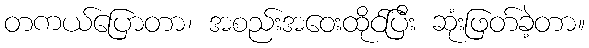
တကယ်ပြောတာ၊ အစည်းအဝေးထိုင်ပြီး ဆုံးဖြတ်ခဲ့တာ။